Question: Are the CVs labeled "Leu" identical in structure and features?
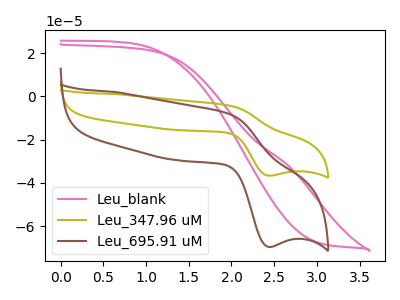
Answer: <think>The pink curve "Leu_blank" has no peaks. The olive curve "Leu_347.96 uM" has an anodic peak at (2.00V, -4.30uA) and a cathodic peak at (2.45V, -36.65uA). The brown curve "Leu_695.91 uM" has an anodic peak at (2.00V, -8.15uA) and a cathodic peak at (2.45V, -69.60uA).
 "Leu_blank" and "Leu_347.96 uM" have a different number of peaks. "Leu_blank" and "Leu_695.91 uM" have a different number of peaks. All the peaks in "Leu_347.96 uM" have a peak in "Leu_695.91 uM" at the same potential.</think>
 <answer>All the CV's of "Leu" have similar shape.</answer>
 <eval>follow_rule</eval>